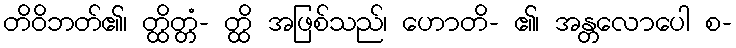
တိဝိဘတ်၏၊ တ္ထိတ္တံ- တ္ထိ အဖြစ်သည်၊ ဟောတိ- ၏၊ အန္တလောပေါ စ-